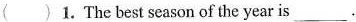
( ) 1. The best season of the year is___.